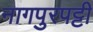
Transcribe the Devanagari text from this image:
नागपुरपट्टी